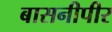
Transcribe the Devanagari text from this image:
बासनीपीर